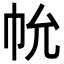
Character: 𢁲